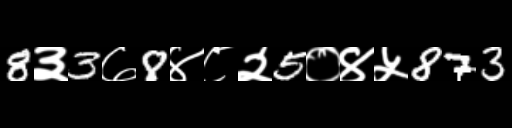
Text: 8३3७8४८२5०४५873